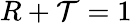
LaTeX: R+\mathcal{T}=1